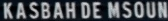
KASBAH DE MSOUN